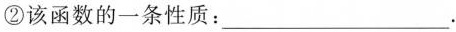
②该函数的一条性质：___.